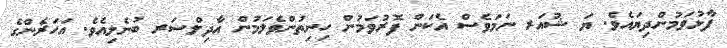
ފާޅުވަމުންދިޔައެވެ. ޔަ ޝުއަރ ނަމަވެސް އެކަން ފޮރުވަމުން ހިނިތުންވެލަމުން އާދިލްސަރ ބުނެލިއެވެ. އަހަރެންގެ